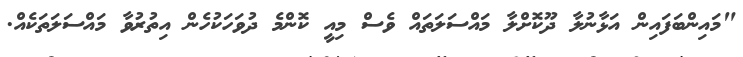
"މައިންބަފައިން އަޅާނުލާ ދޫކޮށްލާ މައްސަލަތައް ވެސް މިއީ ކޮންމެ ދުވަހަކުހެން އިތުރުވާ މައްސަލަތަކެއް.